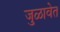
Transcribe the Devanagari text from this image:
जुळावेत